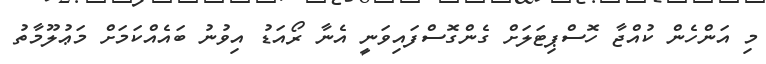
މި އަންހެން ކުއްޖާ ހޮސްޕިޓަލަށް ގެންގޮސްފައިވަނީ އެނާ ރޯއަޑު އިވުނު ބައެއްކަމަށް މަޢުލޫމާތު